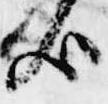
歟